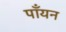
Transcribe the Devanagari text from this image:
पाँयन